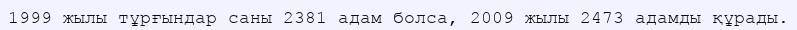
1999 жылы тұрғындар саны 2381 адам болса, 2009 жылы 2473 адамды құрады.